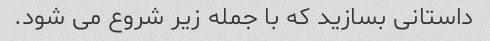
داستانی بسازید که با جمله زیر شروع می شود.